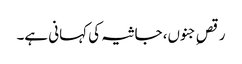
رقصِ جنوں، جاثیہ کی کہانی ہے۔